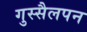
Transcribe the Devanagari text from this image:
गुस्सैलपन